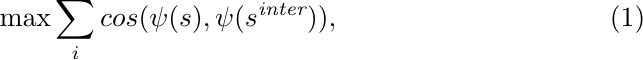
\begin{equation}\label{eq:l0}
    \max \sum_i cos(\psi(s), \psi(s^\textit{inter})),
\end{equation}